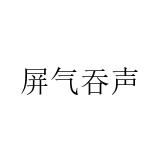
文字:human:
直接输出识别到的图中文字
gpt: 屏气吞声